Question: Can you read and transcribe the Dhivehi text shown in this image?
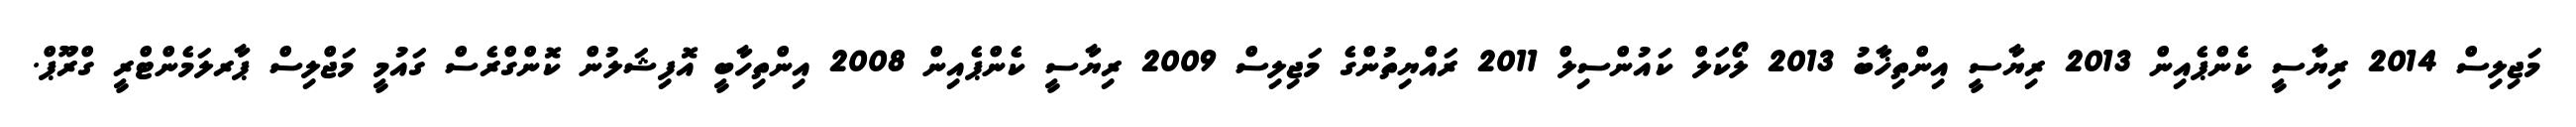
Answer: މަޖިލިސް 2014 ރިޔާސީ ކެންޕެއިން 2013 ރިޔާސީ އިންތިޚާބު 2013 ލޯކަލް ކައުންސިލް 2011 ރައްޔިތުންގެ މަޖިލިސް 2009 ރިޔާސީ ކެންޕެއިން 2008 އިންތިހާބީ އޮފިޝަލުން ކޮންގްރެސް ގައުމީ މަޖްލިސް ޕާރލަމެންޓްރީ ގްރޫޕް.